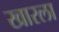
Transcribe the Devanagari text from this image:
खारला